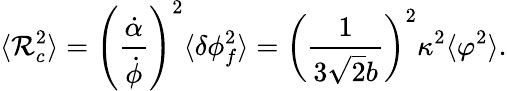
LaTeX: \langle{\cal R}_{c}^{2}\rangle=\left(\frac{\dot{\alpha}}{\dot{\phi}}\right)^{2}\langle\delta\phi_{f}^{2}\rangle=\left(\frac{1}{3\sqrt{2}b}\right)^{2}\kappa^{2}\langle\varphi^{2}\rangle.